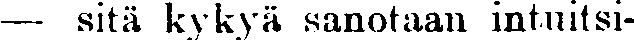
— sitä kykyä sanotaan intuitsi-